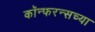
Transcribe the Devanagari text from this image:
कॉन्फरन्सच्या